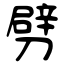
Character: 劈